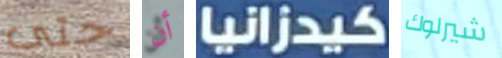
حتى أن كيدزانيا شيرلوك